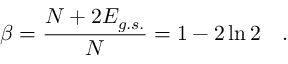
\beta = \frac { N + 2 E _ { g . s . } } { N } = 1 - 2 \ln 2 \quad .